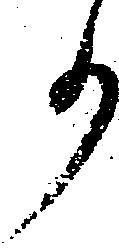
事